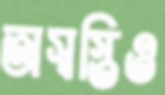
অস্বস্তিও